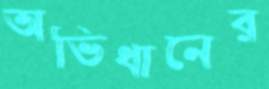
অভিধানের